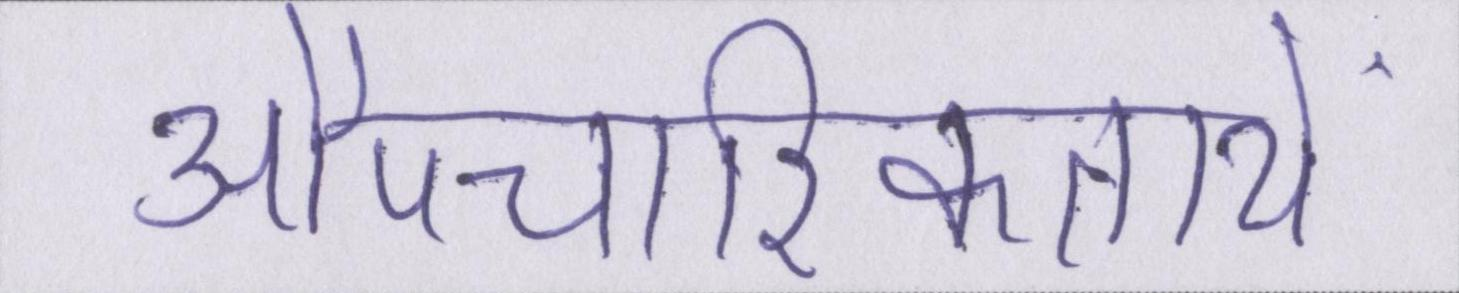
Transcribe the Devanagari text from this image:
औपचारिकतायें